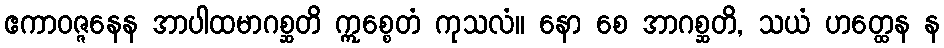
ဧကာဝဇ္ဇနေန အာပါထမာဂစ္ဆတိ ဣစ္စေတံ ကုသလံ။ နော စေ အာဂစ္ဆတိ, သယံ ဟတ္ထေန န